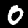
Digit: 0